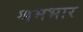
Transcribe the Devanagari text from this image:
श्रमभार